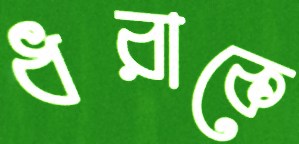
ধরাকে